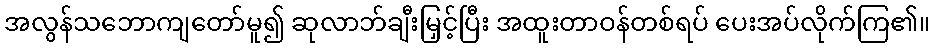
အလွန်သဘောကျတော်မူ၍ ဆုလာဘ်ချီးမြှင့်ပြီး အထူးတာဝန်တစ်ရပ် ပေးအပ်လိုက်ကြ၏။